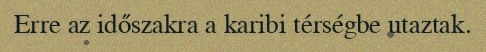
Erre az időszakra a karibi térségbe utaztak.